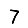
Digit: 7